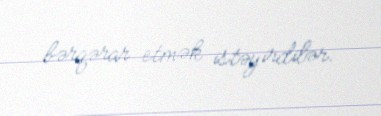
bərqərar etmək istəyirdilər.